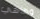
وهاهي